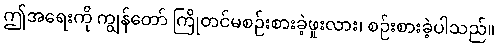
ဤအရေးကို ကျွန်တော် ကြိုတင်မစဉ်းစားခဲ့ဖူးလား၊ စဉ်းစားခဲ့ပါသည်။